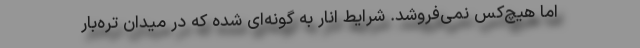
اما هیچ‌کس نمی‌فروشد. شرایط انار به‌ گونه‌ای شده که در میدان تره‌بار